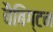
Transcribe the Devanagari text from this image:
बैबिंग्टन